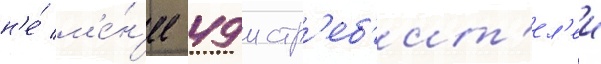
н'е́ м'е́н'ее 49 истр'еб'ит'ел'еи